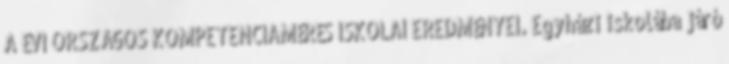
A ÉVI ORSZÁGOS KOMPETENCIAMÉRÉS ISKOLAI EREDMÉNYEI. Egyházi iskolába járó